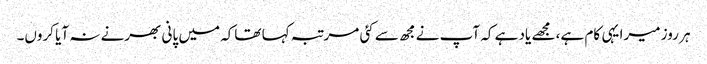
ہر روز میرا یہی کام ہے، مجھے یاد ہے کہ آپ نے مجھ سے کئی مرتبہ کہا تھاکہ میں پانی بھرنے نہ آیا کروں۔